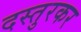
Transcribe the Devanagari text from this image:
दस्तुरकर